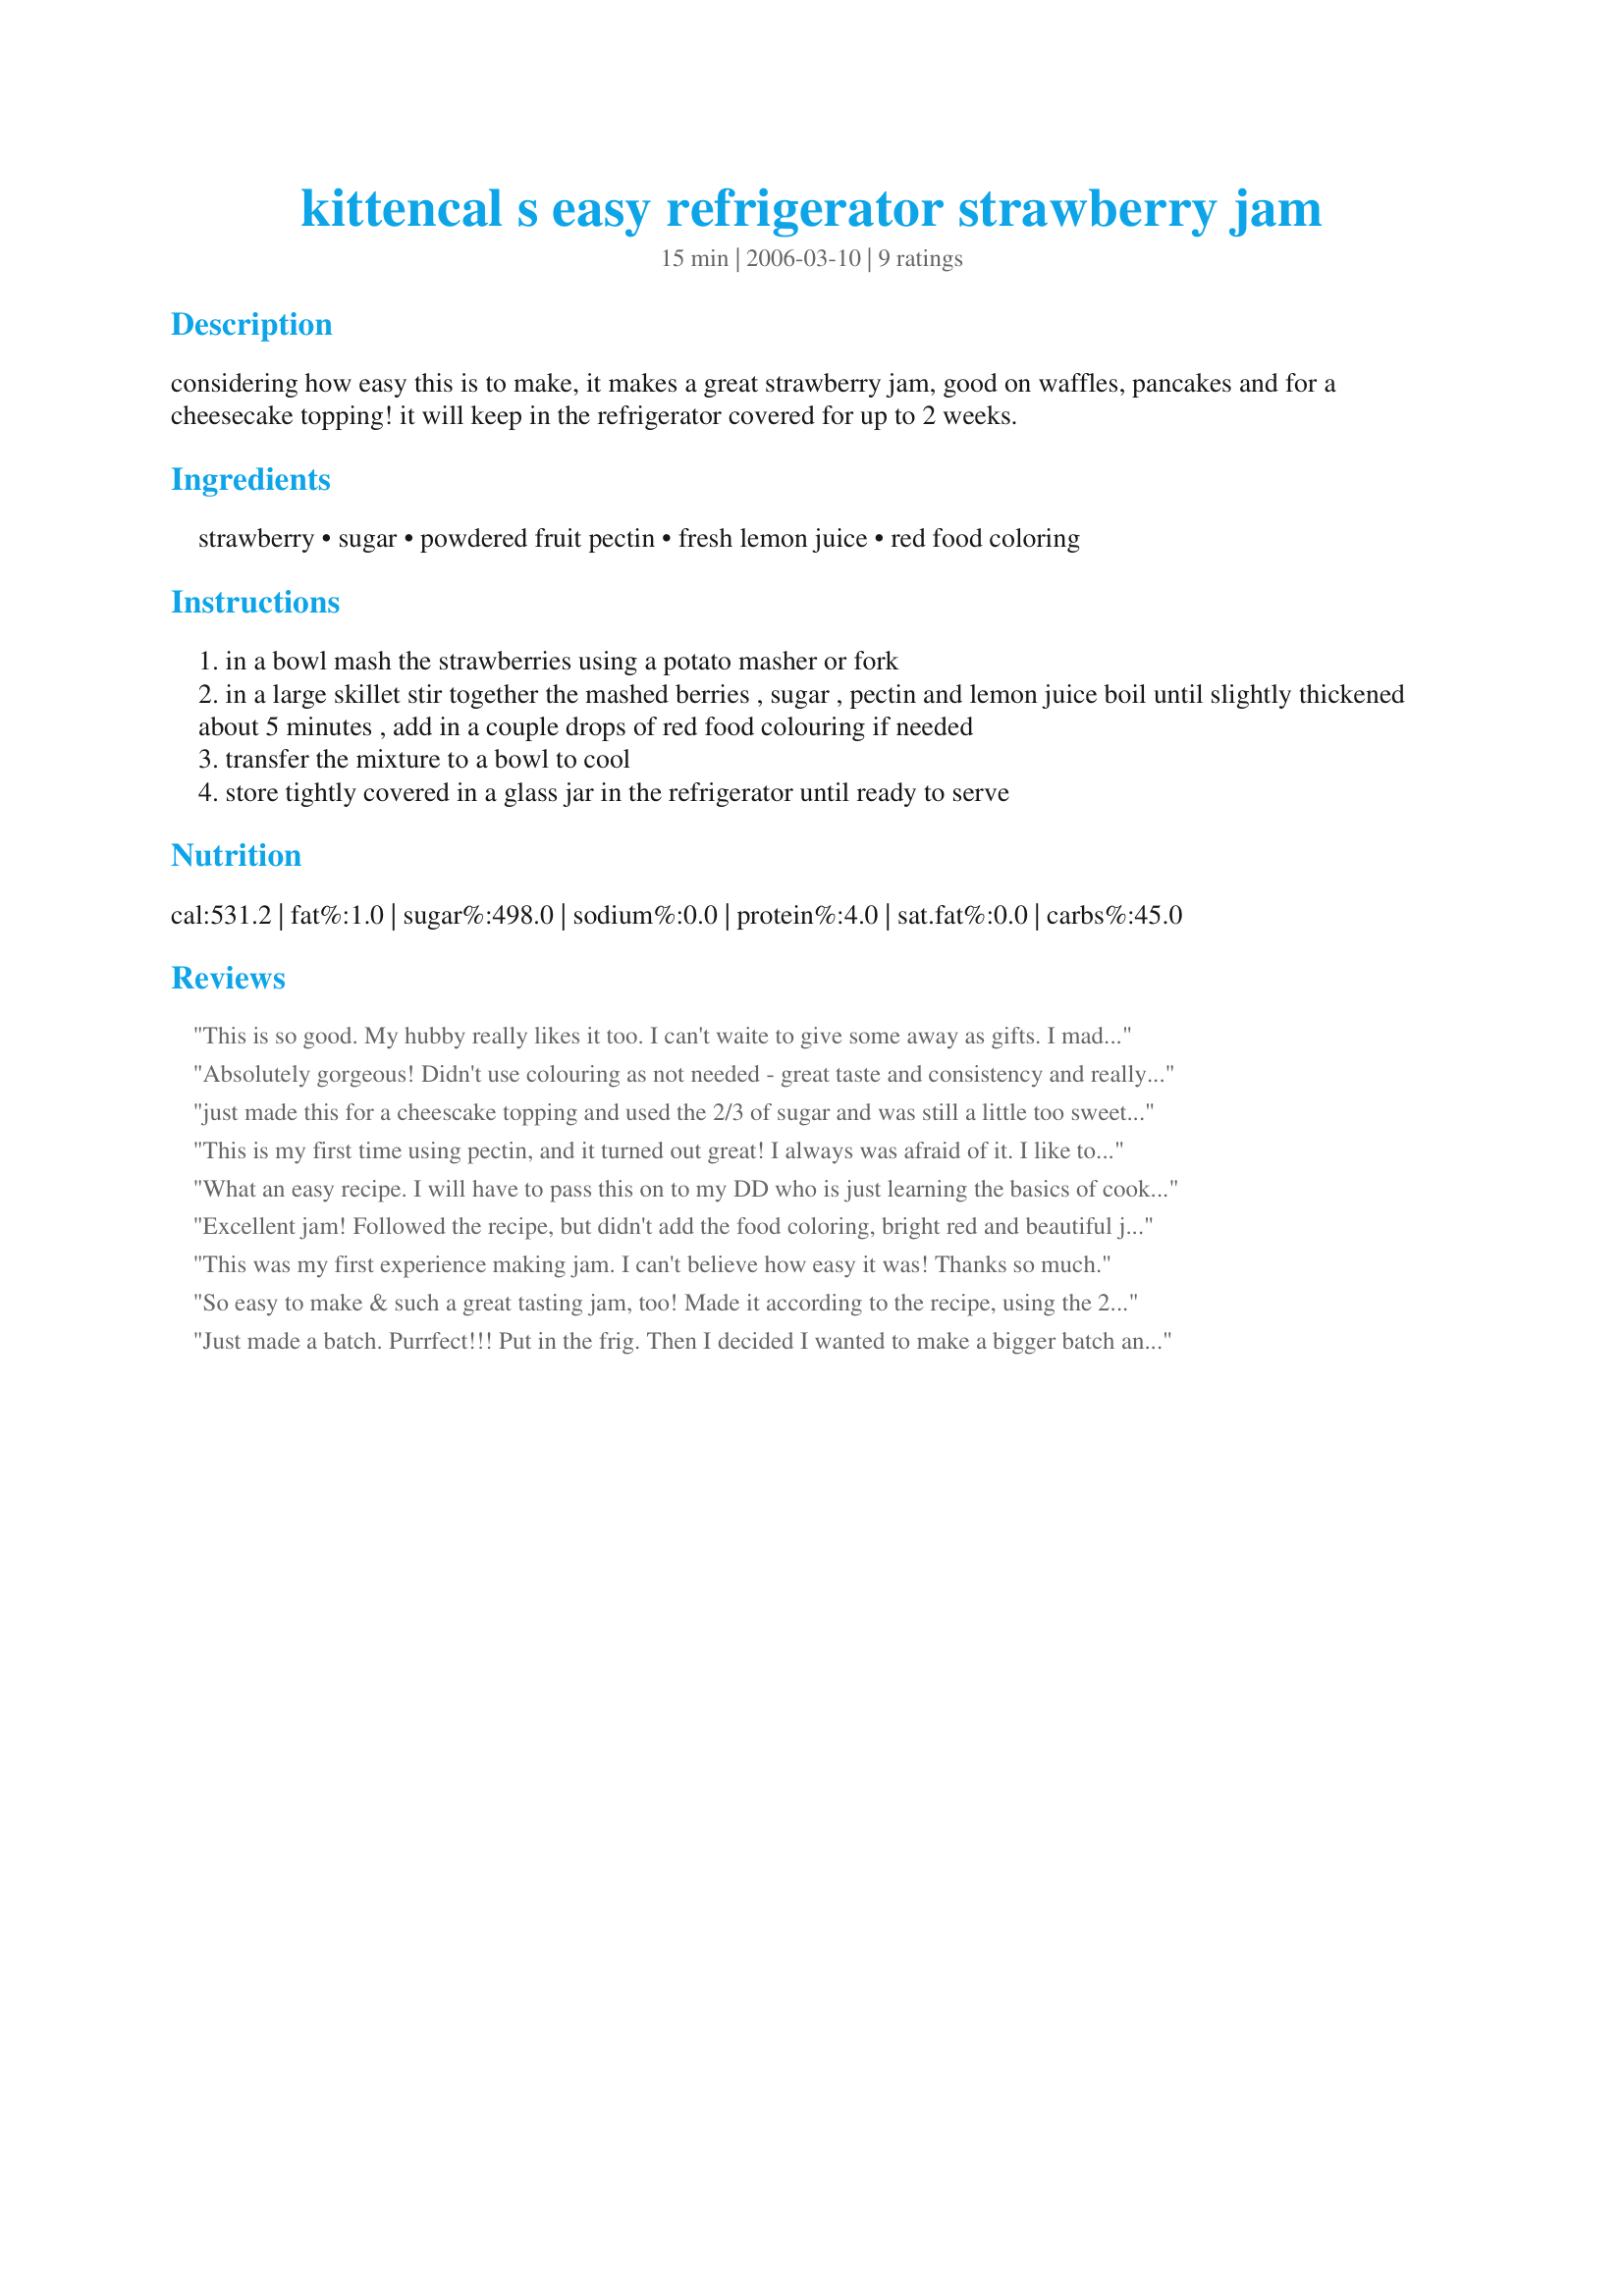
kittencal s easy refrigerator strawberry jam
Preparation time: 15 minutes

considering how easy this is to make, it makes a great strawberry jam, good on waffles, pancakes and for a cheesecake topping! it will keep in the refrigerator covered for up to 2 weeks.

Ingredients:
strawberry, sugar, powdered fruit pectin, fresh lemon juice, red food coloring

Steps:
in a bowl mash the strawberries using a potato masher or fork
in a large skillet stir together the mashed berries , sugar , pectin and lemon juice boil until slightly thickened about 5 minutes , add in a couple drops of red food colouring if needed
transfer the mixture to a bowl to cool
store tightly covered in a glass jar in the refrigerator until ready to serve

Reviews:
This is so good. My hubby really likes it too. I can't waite to give some away as gifts. I made it just as the recipe stated, and with only 2/3 cup of sugar. I think that is about right, not too sweet. I didn't have the fresh lemon juice, ( forgot to buy it).
Absolutely gorgeous! Didn't use colouring as not needed - great taste and consistency and really quick and easy to make... Thank you!!
just made this for a cheescake topping and used the 2/3 of sugar and was still a little too sweet for me. but the flavor is great, great, great and didn't need any food coloring.
will definately make again but with less sugar!

thanks :)
This is my first time using pectin, and it turned out great! I always was afraid of it. I like to have toast and coffee most mornings, and this is so nice to have, consideing I made it!lol
Gret reciper Kitten! Thanks for sharing! Made for a Strawberry event at KK's site!
What an easy recipe. I will have to pass this on to my DD who is just learning the basics of cooking. I put the strawberries through the food processor, leaving just a few chunks as DH doesn't like chunky jams, and then I followed the rest of the instructions as listed, using 2/3 cups sugar. This was just sweet enough and perfect amount of lemon juice to add a lovely acidic note. Thanks for sharing your tasty recipe :)
Excellent jam! Followed the recipe, but didn't add the food coloring, bright red and beautiful jam! Very easy to make. Have made many peanut butter and jelly sandwiches with it . . . YUM!
This was my first experience making jam. I can't believe how easy it was! Thanks so much.
So easy to make & such a great tasting jam, too! Made it according to the recipe, using the 2/3 cup of sugar & must say, I probably won't be looking at store-bought strawberry jam again, not with something this easy to make! Thanks for sharing the recipe! [Made & reviewed in Zaar Cookbook tag]
Just made a batch. Purrfect!!! Put in the frig. Then I decided I wanted to make a bigger batch and hot pack, so just added the sugar after it was boiling.I pulsed the strawberries in my blender with the lemon juice, pectin and food coloring. Will make again and again!
